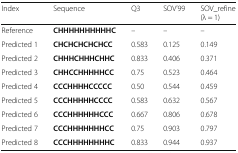
| Index | Sequence | Q3 | SOV’99 | SOV_refine (λ = 1) |
 | --- | --- | --- | --- | --- |
 | Reference | CHHHHHHHHHHC | – | – | – |
 | Predicted 1 | CHCHCHCHCHCC | 0.583 | 0.125 | 0.149 |
 | Predicted 2 | CHHHCHHHCHHC | 0.833 | 0.406 | 0.371 |
 | Predicted 3 | CHHCCHHHHHCC | 0.75 | 0.523 | 0.464 |
 | Predicted 4 | CCCHHHHCCCCC | 0.50 | 0.544 | 0.459 |
 | Predicted 5 | CCCHHHHHCCCC | 0.583 | 0.632 | 0.567 |
 | Predicted 6 | CCCHHHHHHCCC | 0.667 | 0.806 | 0.678 |
 | Predicted 7 | CCCHHHHHHHCC | 0.75 | 0.903 | 0.797 |
 | Predicted 8 | CCCHHHHHHHHC | 0.833 | 0.944 | 0.937 |